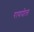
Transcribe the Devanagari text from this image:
रायपोल